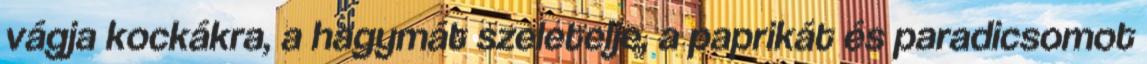
vágja kockákra, a hagymát szeletelje, a paprikát és paradicsomot